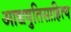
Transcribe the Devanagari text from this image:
आद्यषुतिसाहित्य